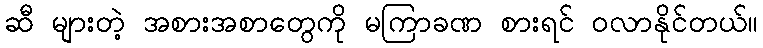
ဆီ များတဲ့ အစားအစာတွေကို မကြာခဏ စားရင် ဝလာနိုင်တယ်။